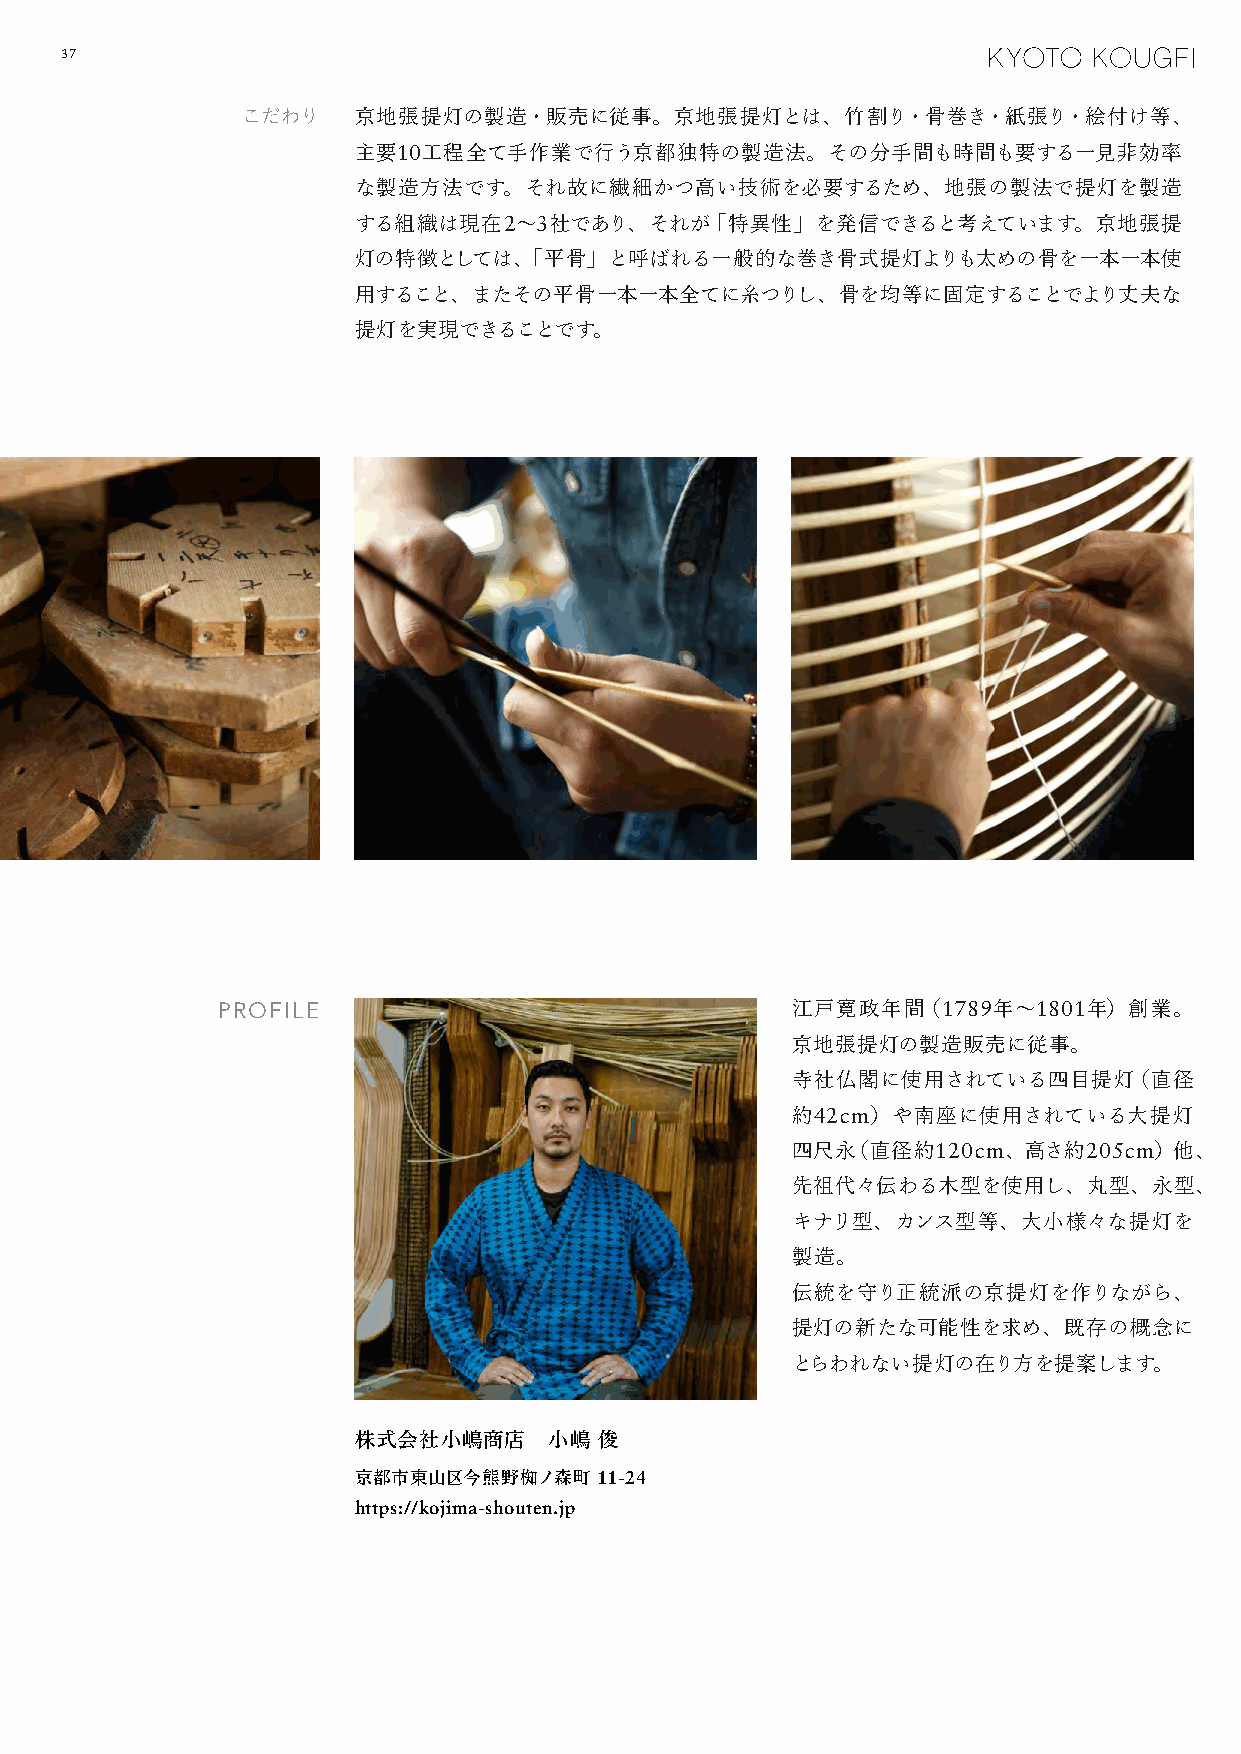
37
 こだわり   京地張提灯の製造・販売に従事。京地張提灯とは、竹割り・骨巻き・紙張り・絵付け等、
 主要10工程全て手作業で行う京都独特の製造法。その分手間も時間も要する一見非効率
 な製造方法です。それ故に繊細かつ高い技術を必要するため、地張の製法で提灯を製造
 する組織は現在2～3社であり、それが「特異性」を発信できると考えています。京地張提
 灯の特徴としては、「平骨」と呼ばれる一般的な巻き骨式提灯よりも太めの骨を一本一本使
 用すること、またその平骨一本一本全てに糸つりし、骨を均等に固定することでより丈夫な
 提灯を実現できることです。
 PROFILE                               江戸寛政年間（1789年～1801年）創業。
 京地張提灯の製造販売に従事。
 寺社仏閣に使用されている四目提灯（直径
 約42cm）や南座に使用されている大提灯
 四尺永（直径約120cm、高さ約205cm）他、
 先祖代々伝わる木型を使用し、丸型、永型、
 キナリ型、カンス型等、大小様々な提灯を
 製造。
 伝統を守り正統派の京提灯を作りながら、
 提灯の新たな可能性を求め、既存の概念に
 とらわれない提灯の在り方を提案します。
 株式会社小嶋商店     小嶋  俊
 京都市東山区今熊野椥ノ森町    11-24
 https://kojima-shouten.jp